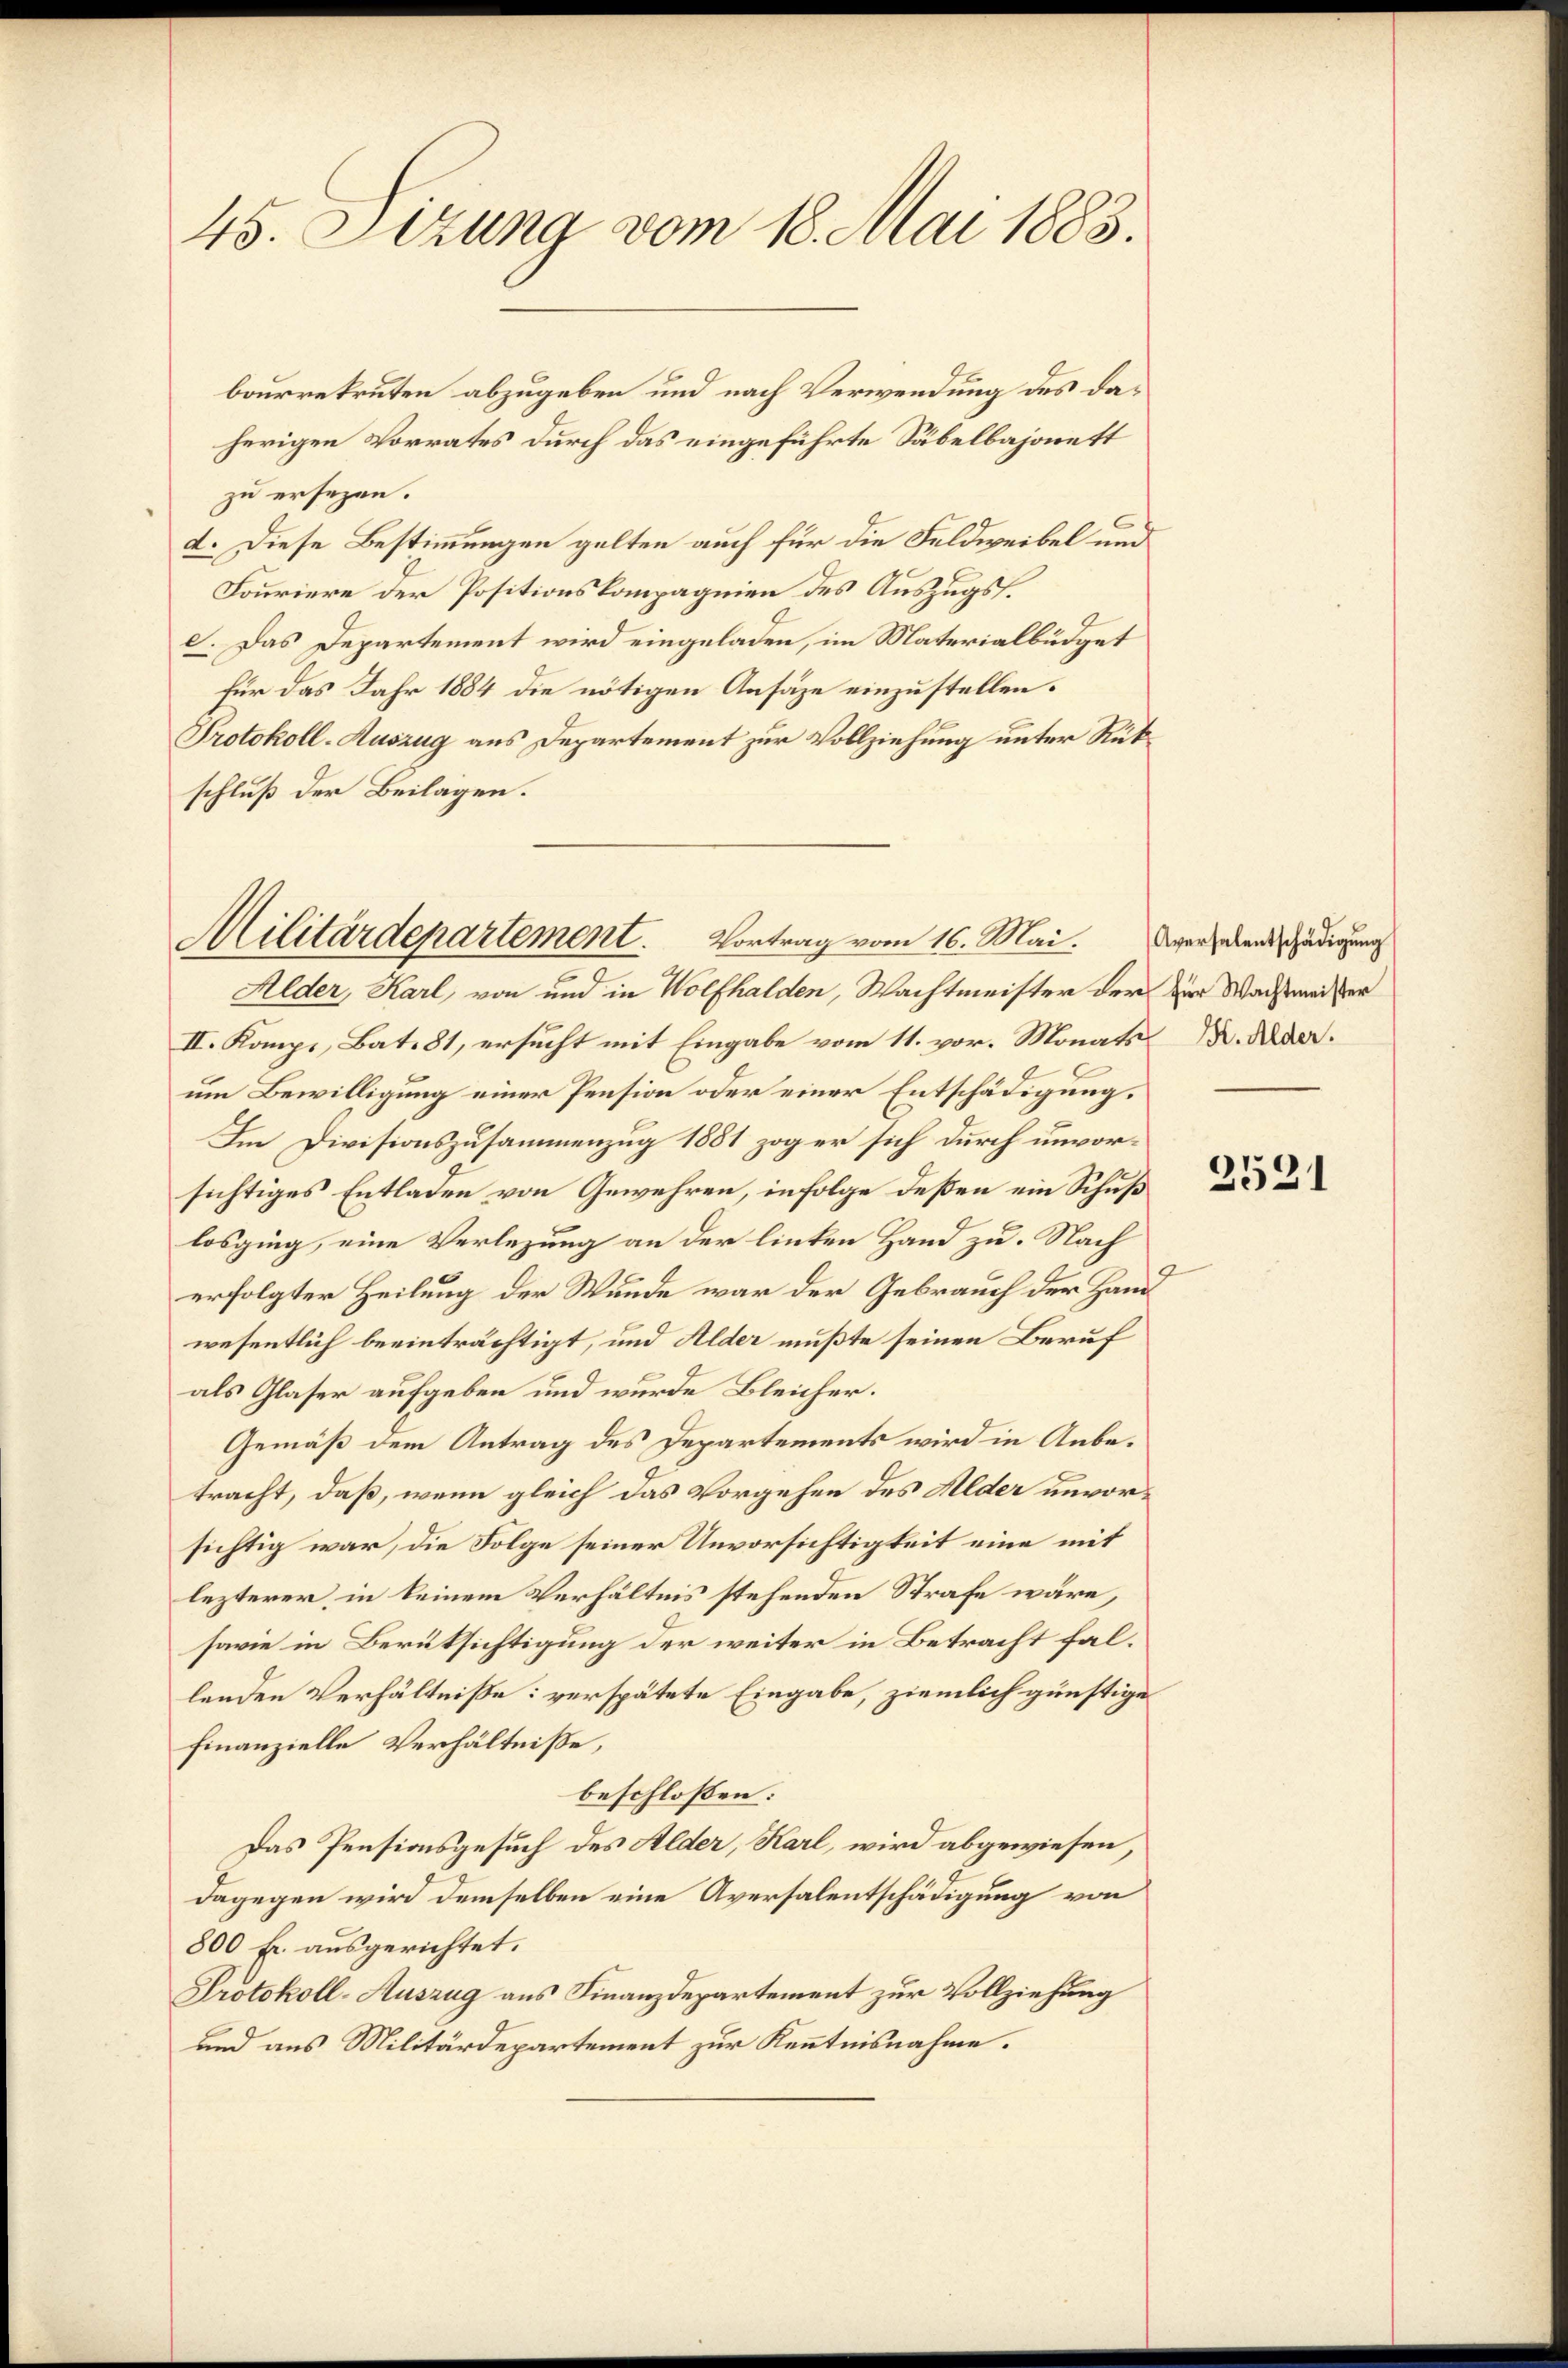
45. Sizung vom 18. Mai 1883.

bourrekruten abzugeben und nach Verwendung des daherigen Vorrates durch das eingeführte Säbelbajonett
zu ersezen.
d. Diese Bestimmungen gelten auch für die Feldweibel und
Fouriere der Positionskompagnien des Auszugsd. Das Departement wird eingeladen, im Materialbüdget
für das Jahr 1884 die nötigen Ansätze einzustellen.
Protokoll-Auszug aus Departement zur Vollziehung unter Rükschluß der Beilagen.

Militärdepartement. Vortrag vom 16. Mai. Der habendschädigung

Alder, Karl, von und in Wolfhalden, Wachtmeister der zur Wachtmeister
II. Kompi, Bat. 81, ersucht mit Eingabe vom 11. vor. Monats Dr. Dieder.
um Bewilligung einer Pension oder einer Entschädigung.
Im Divisionszusammenzug 1881 zog er sich durch unvorsichtiges Entladen von Gewehren, infolge deßen ein Schuß
losging, eine Verlegung an der linken Hand zu. Nach
erfolgter Heilung der Wunde war der Gebrauch der Handwesentlich beeinträchtigt, und Alder mußte seinen Beruf
als Glaser aufgeben und wurde Bleicher.
Gemäß dem Antrag des Departements wird in Anbetracht, daß, wenn gleich das Vorgehen des Alder unvorsichtig war, die Folge seiner Unvorsichtigkeit eine mit
lezterer, in keinem Verhältnis stehenden Strafe wäre,
sowie in Berüksichtigung der weiter in Betracht fallenden Verhältnisse: verspätete Eingabe, ziemlich günstige
finanzielle Verhältnisse,
beschlossen:
Das Pensionsgesuch des Alder, Karl, wird abgewiesen,
dagegen wird demselben eine Aversalentschädigung von
800 fr. ausgerichtet.
Protokoll-Auszug aus Finanzdepartement zur Vollziehung
und aus Militärdepartement zur Kenntnisnahme.

2521